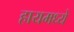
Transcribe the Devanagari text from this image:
हायमध्ये